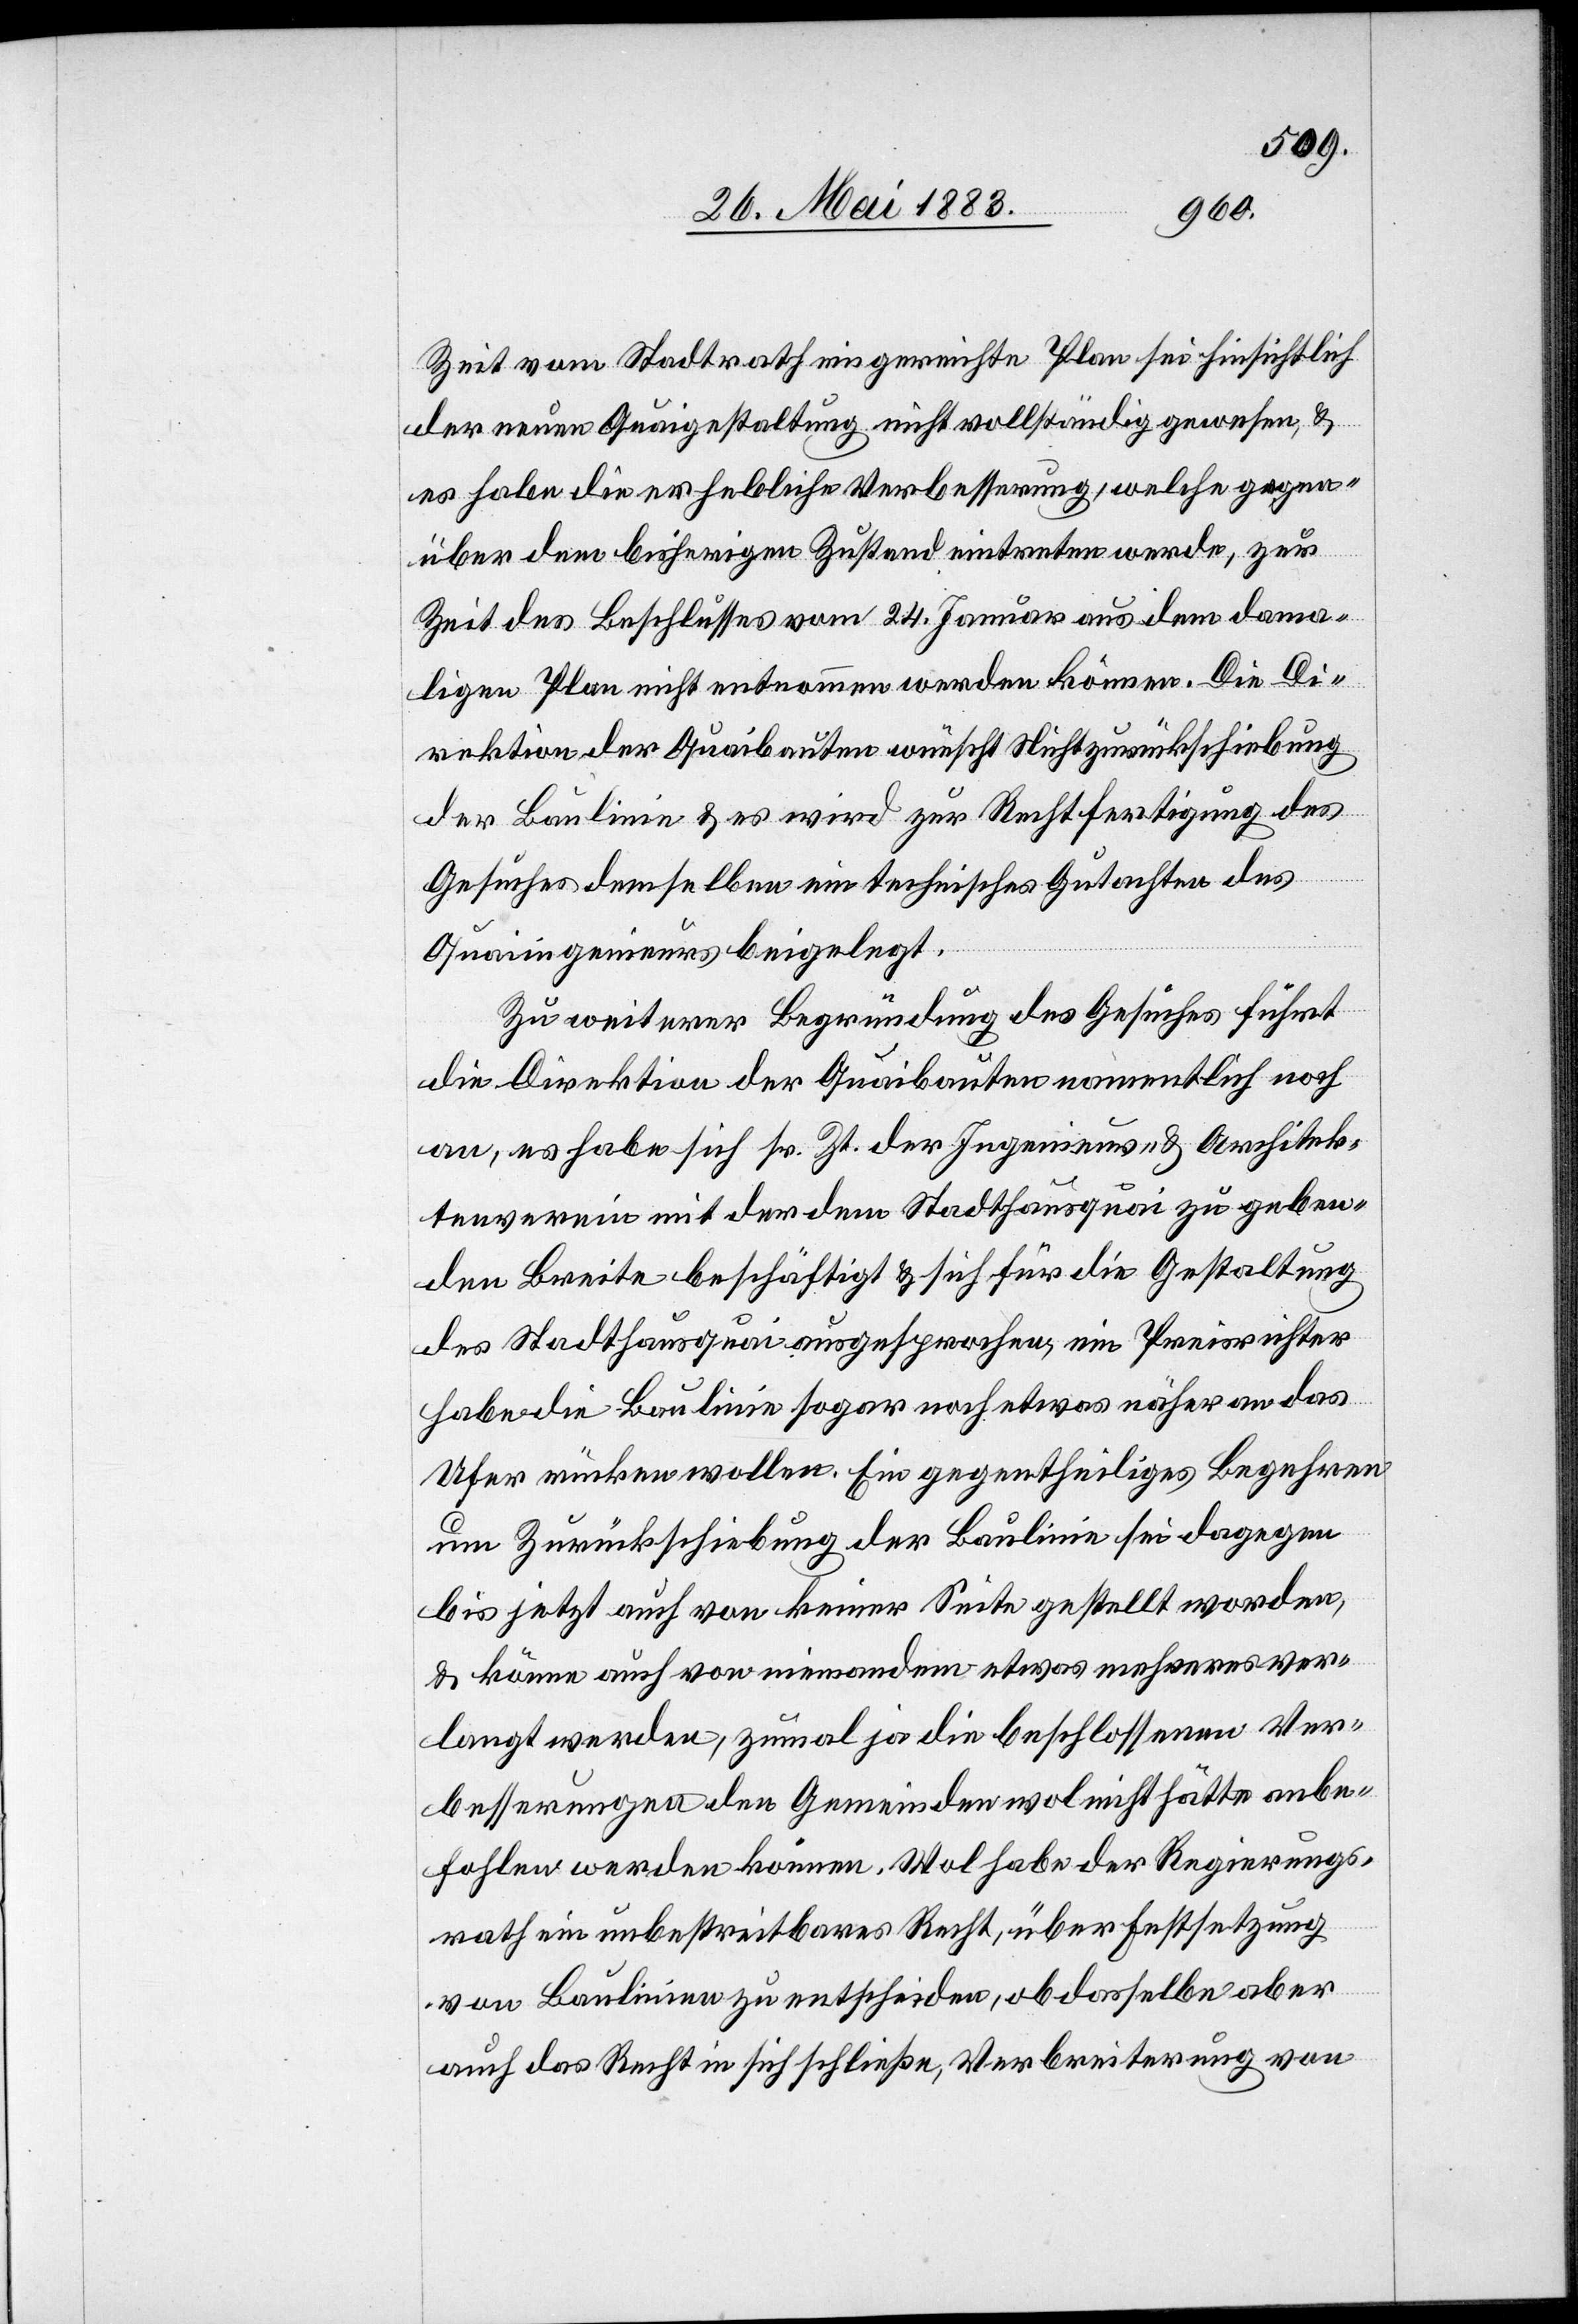
Zeit vom Stadtrath eingereichte Plan sei hinsichtlich
der neuen Quaigestaltung nicht vollständig gewesen, &
es habe die erhebliche Verbesserung, welche gegen¬
über dem bisherigen Zustand eintreten werde, zur
Zeit des Beschlusses vom 24. Januar aus dem dama¬
ligen Plan nicht entnommen werden können. Die Di¬
rektion der Quaibauten wünscht Nichtzurückschiebung
der Baulinie & es wird zur Rechtfertigung des
Gesuches demselben ein technisches Gutachten des
Quaiingenieurs beigelegt.
Zu weiterer Begründung des Gesuches führt
die Direktion der Quaibauten namentlich noch
an, es habe sich sr. Zt. der Ingenieurs- & Architek¬
tenverein mit der dem Stadthausquai zu geben¬
den Breite beschäftigt & sich für die Gestaltung
des Stadthausquai ausgesprochen, ein Preisrichter
habe die Baulinie sogar noch etwas näher an das
Ufer rücken wollen. Ein gegentheiliges Begehren
um Zurückschiebung der Baulinie sei dagegen
bis jetzt auch von keiner Seite gestellt worden,
& könne auch von niemandem etwas mehreres ver¬
langt werden, zumal ja die beschlossenen Ver¬
besserungen den Gemeinden wol nicht hätte anbe¬
holfen werden können. Wol habe der Regierungs¬
rath ein unbestreitbares Recht, über Festsetzung
von Baulinien zu entscheiden, ob dasselbe aber
auch das Recht in sich schließe, Verbreiterung von